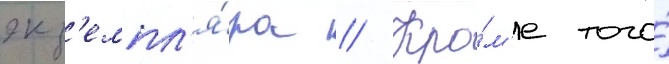
экз'емпл'я́ра // Кро́м'е того́